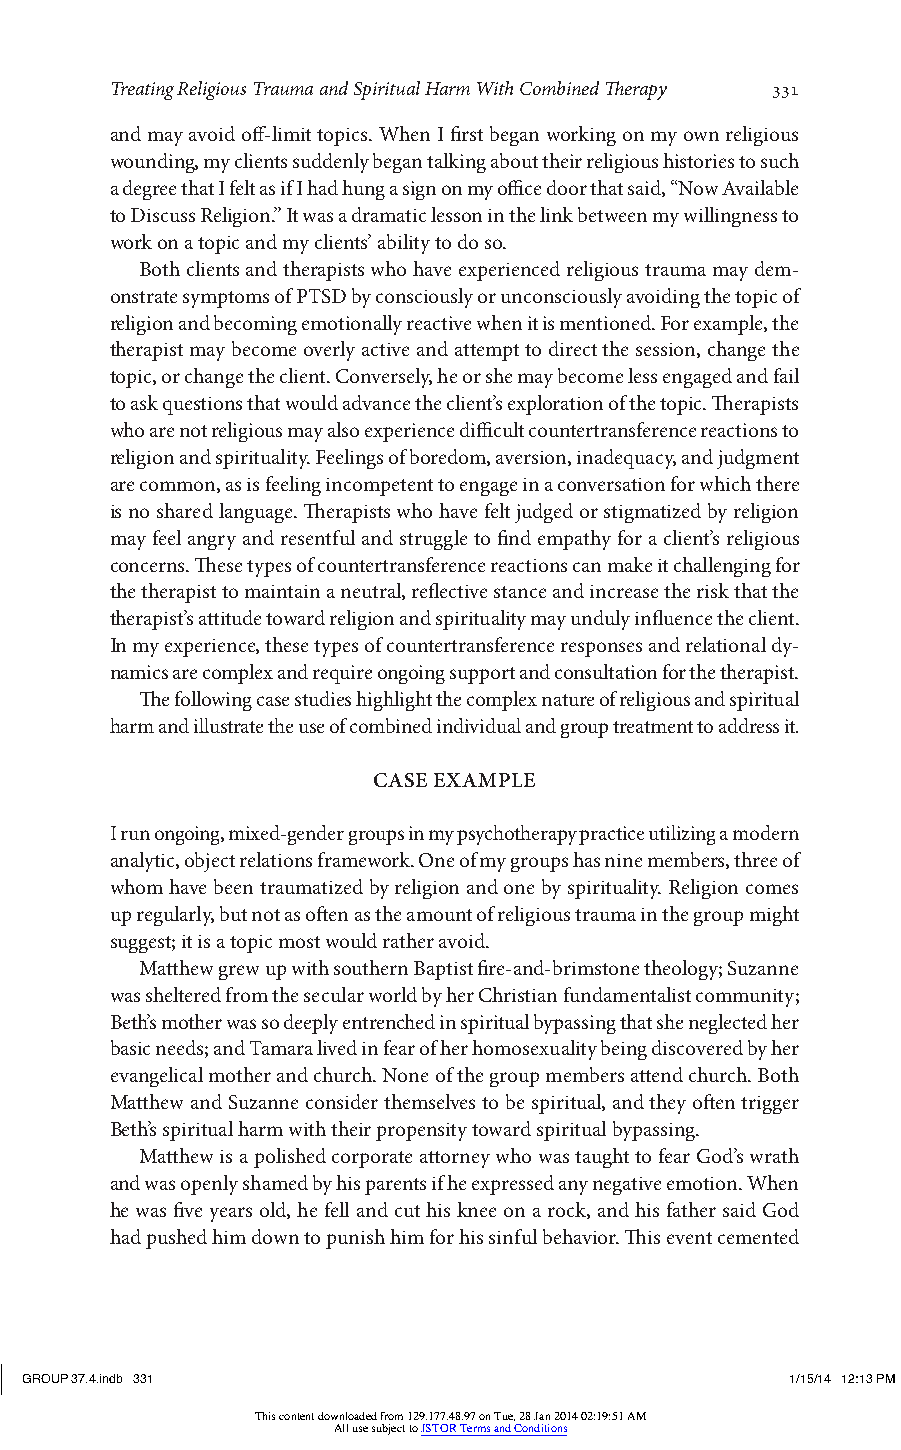
Treating Religious Trauma and Spiritual Harm With Combined Therapy 331
 and may avoid off-limit topics. When I first began working on my own religious
 wounding, my clients suddenly began talking about their religious histories to such
 a degree that I felt as if I had hung a sign on my office door that said, “Now Available
 to Discuss Religion.” It was a dramatic lesson in the link between my willingness to
 work on a topic and my clients’ ability to do so.
 Both clients and therapists who have experienced religious trauma may dem-
 onstrate symptoms of PTSD by consciously or unconsciously avoiding the topic of
 religion and becoming emotionally reactive when it is mentioned. For example, the
 therapist may become overly active and attempt to direct the session, change the
 topic, or change the client. Conversely, he or she may become less engaged and fail
 to ask questions that would advance the client’s exploration of the topic. Therapists
 who are not religious may also experience difficult countertransference reactions to
 religion and spirituality. Feelings of boredom, aversion, inadequacy, and judgment
 are common, as is feeling incompetent to engage in a conversation for which there
 is no shared language. Therapists who have felt judged or stigmatized by religion
 may feel angry and resentful and struggle to find empathy for a client’s religious
 concerns. These types of countertransference reactions can make it challenging for
 the therapist to maintain a neutral, reflective stance and increase the risk that the
 therapist’s attitude toward religion and spirituality may unduly influence the client.
 In my experience, these types of countertransference responses and relational dy-
 namics are complex and require ongoing support and consultation for the therapist.
 The following case studies highlight the complex nature of religious and spiritual
 harm and illustrate the use of combined individual and group treatment to address it.
 CASE EXAMPLE
 I run ongoing, mixed-gender groups in my psychotherapy practice utilizing a modern
 analytic, object relations framework. One of my groups has nine members, three of
 whom have been traumatized by religion and one by spirituality. Religion comes
 up regularly, but not as often as the amount of religious trauma in the group might
 suggest; it is a topic most would rather avoid.
 Matthew grew up with southern Baptist fire-and-brimstone theology; Suzanne
 was sheltered from the secular world by her Christian fundamentalist community;
 Beth’s mother was so deeply entrenched in spiritual bypassing that she neglected her
 basic needs; and Tamara lived in fear of her homosexuality being discovered by her
 evangelical mother and church. None of the group members attend church. Both
 Matthew and Suzanne consider themselves to be spiritual, and they often trigger
 Beth’s spiritual harm with their propensity toward spiritual bypassing.
 Matthew is a polished corporate attorney who was taught to fear God’s wrath
 and was openly shamed by his parents if he expressed any negative emotion. When
 he was five years old, he fell and cut his knee on a rock, and his father said God
 had pushed him down to punish him for his sinful behavior. This event cemented
 GROUP 37.4.indb 331                                1/15/14 12:13 PM
 This content downloaded from 129.177.48.97 on Tue, 28 Jan 2014 02:19:51 AM
 All use subject to JSTOR Terms and Conditions